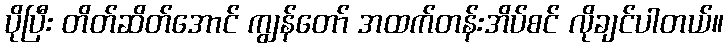
ပိုပြီး တိတ်ဆိတ်အောင် ကျွန်တော် အထက်တန်းအိပ်စင် လိုချင်ပါတယ်။